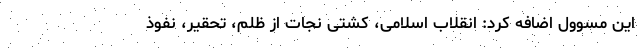
این مسوول اضافه کرد: انقلاب اسلامی، کشتی نجات از ظلم، تحقیر، نفوذ